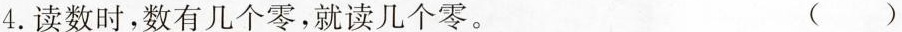
4.读数时，数有几个零，就读几个零。 ()